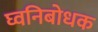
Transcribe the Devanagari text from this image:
घ्वनिबोधक